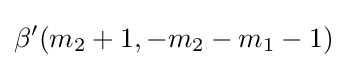
\beta ^{\prime }(m_{2}+1,-m_{2}-m_{1}-1)